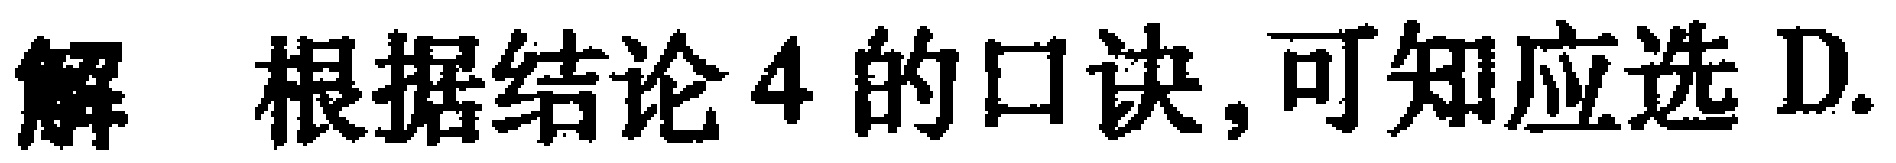
解 根据结论4的口诀,可知应选D.